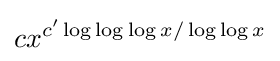
cx^{c'\log \log \log x/\log \log x}